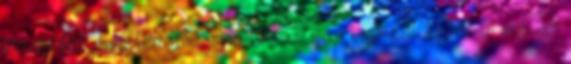
évtizedes divatlemaradás is rátett egy lapáttal. Kövér is voltam